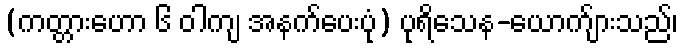
(ကတ္တားဟော ၆ ဝါကျ အနက်ပေးပုံ) ပုရိသေန-ယောက်ျားသည်၊